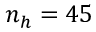
n _ { h } = 4 5